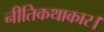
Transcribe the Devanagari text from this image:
नीतिकथाकार।